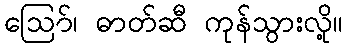
ဪ၊ ဓာတ်ဆီ ကုန်သွားလို့။